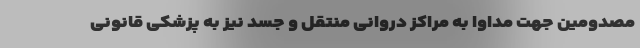
مصدومین جهت مداوا به مراکز دروانی منتقل و جسد نیز به پزشکی قانونی